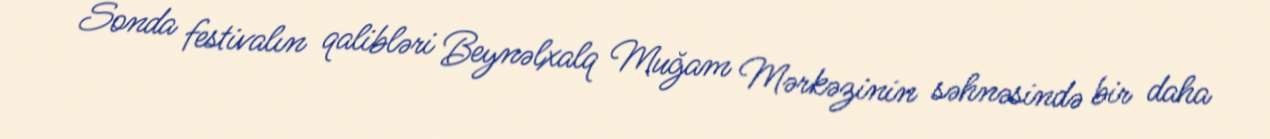
Sonda festivalın qalibləri Beynəlxalq Muğam Mərkəzinin səhnəsində bir daha